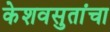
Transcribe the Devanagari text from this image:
केशवसुतांचा